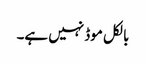
بالکل موڈ نہیں ہے۔